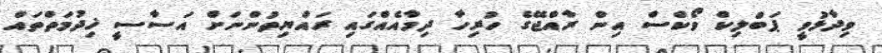
ވިދާޅުވީ ޕަބްލިކް ވޯކްސް އިން ރާއްޖޭގެ ހުރިހާ ދިމާއެއްގައި ރައްޔިތުންނަށް އަސާސީ ޚިދުމަތްތައްް